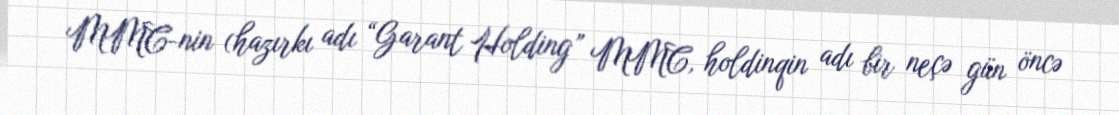
MMC-nin (hazırkı adı “Garant Holding” MMC, holdinqin adı bir neçə gün öncə